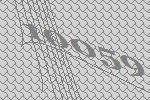
10059